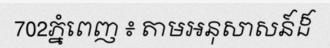
702ភ្នំពេញ ៖ តាមអនុសាសន៍ដ៏